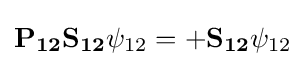
\mathbf {P_{12}} \mathbf {S_{12}} \psi _{12}=+\mathbf {S_{12}} \psi _{12}